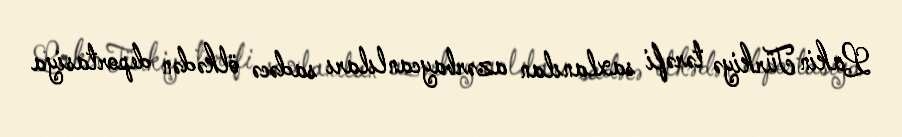
Lakin Türkiyə tərəfi saxlanılan azərbaycanlıları sadəcə ölkədən deportasiya